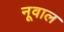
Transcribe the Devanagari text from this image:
नूवाल